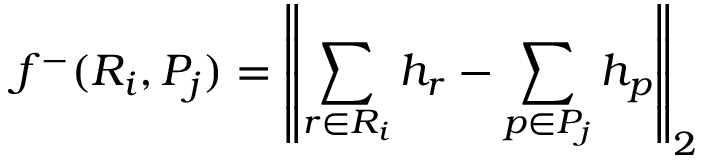
f ^ { - } ( R _ { i } , P _ { j } ) = \left\| \sum _ { r \in R _ { i } } h _ { r } - \sum _ { p \in P _ { j } } h _ { p } \right\| _ { 2 }